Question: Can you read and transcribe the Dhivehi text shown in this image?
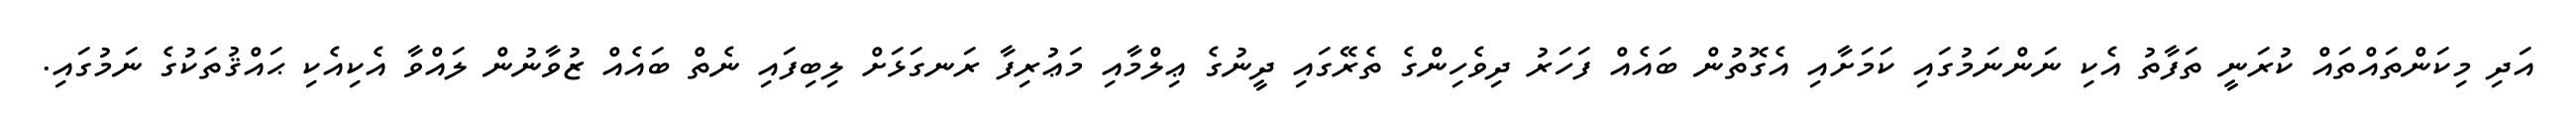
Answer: އަދި މިކަންތައްތައް ކުރަނީ ތަފާތު އެކި ނަންނަމުގައި ކަމަށާއި އެގޮތުން ބައެއް ފަހަރު ދިވެހިންގެ ތެރޭގައި ދީނުގެ ޢިލްމާއި މަޢުރިފާ ރަނގަޅަށް ލިބިފައި ނެތް ބައެއް ޒުވާނުން ލައްވާ އެކިއެކި ޙައްޤުތަކުގެ ނަމުގައި.